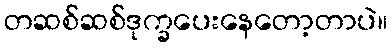
တဆစ်ဆစ်ဒုက္ခပေးနေတော့တာပဲ။